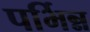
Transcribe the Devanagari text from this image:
पर्भिन्न